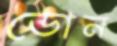
ডোন